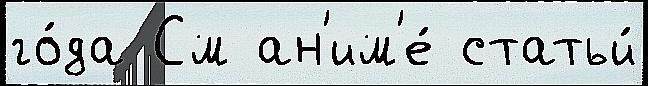
го́да См ан'им'е́ статьи́